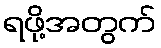
ရဖို့အတွက်